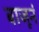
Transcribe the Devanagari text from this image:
बाजूनं